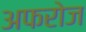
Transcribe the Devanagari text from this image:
अफरोज